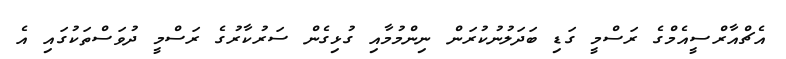
އެޗްއާރްސީއެމްގެ ރަސްމީ ގަޑި ބަދަލުނުކުރަން ނިންމުމާއި ގުޅިގެން ސަރުކާރުގެ ރަސްމީ ދުވަސްތަކުގައި އެ